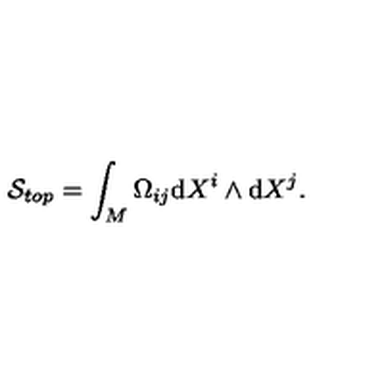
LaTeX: \mathcal { S } _ { t o p } = \int _ { M } \Omega _ { i j } \mathrm { d } X ^ { i } \wedge \mathrm { d } X ^ { j } .